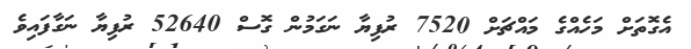
އެގޮތަށް މަހެއްގެ މައްޗަށް 7520 ރުފިޔާ ނަގަމުން ގޮސް 52640 ރުފިޔާ ނަގާފައިވެ